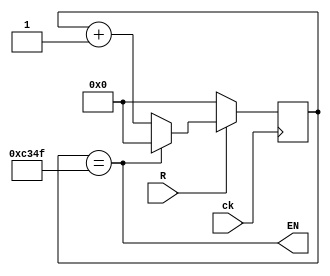
module pulse1khz(ck,R,EN);

input wire ck,R;
output wire EN;
reg [15:0] cnt;

always @ (posedge ck)
begin
	if(R==1'b0)
		cnt <= 16'd0;
	else
	if(cnt==16'd49_999)
		cnt <= 16'd0;
	else
		cnt <= cnt+16'd1;
end

assign EN = (cnt==16'd49_999);
endmodule